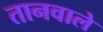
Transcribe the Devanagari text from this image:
तानवाले